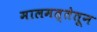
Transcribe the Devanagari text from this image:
मालमत्तेतून